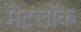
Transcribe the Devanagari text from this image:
मैटलॉक